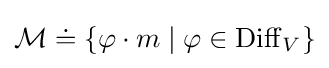
{\mathcal {M}}\doteq \{\varphi \cdot m\mid \varphi \in \operatorname {Diff} _{V}\}